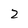
Character: 2